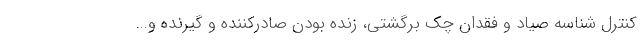
کنترل شناسه صیاد و فقدان چک برگشتی، زنده بودن صادرکننده و گیرنده و...